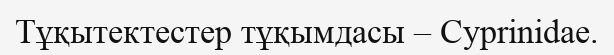
Тұқытектестер тұқымдасы – Cyprinidae.